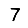
Digit: 7